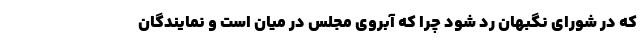
که در شورای نگبهان رد شود چرا که آبروی مجلس در میان است و نمایندگان